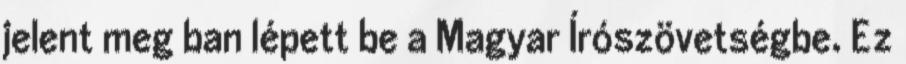
jelent meg ban lépett be a Magyar Írószövetségbe. Ez